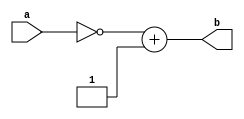
//Exercicio00007 COMPLEMENTO2
//Nome: tila Martins Silva Jnior
//Matrcula: 449014
//--------------------------------
//number system
//------------------------------
module complemento2(input[7:0] a,
output[7:0] b);
//-- definir dados
assign b = ~a+1;
endmodule// complemento2

//--teste complemento1
module testcomplemento2;

//--dados locais
reg [7:0]p;
wire [7:0]q;

//--instancia
complemento2 COMP2 (p,q);

//--atribuio
initial begin
p = 8'b10001101;
end

//-- parte principal
initial begin
$display("Exercicio0007 - tila Martins Silva Jnior - 449014");
$display("Complemento de 2:");
$monitor("~%8b+1 = %8b",p,q);
#1 p = 8'b10101010;
#1 p = 8'b11111111;
#1 p = 8'b11101100;
#1 p = 8'b00000000;
#1 p = 8'b11100011;
end
endmodule// complemento2